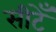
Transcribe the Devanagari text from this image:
सीटेँ